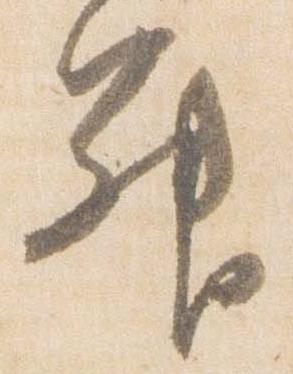
昇